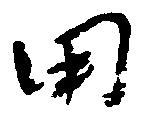
田